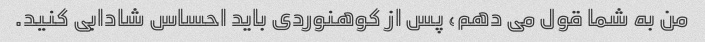
من به شما قول می دهم، پس از کوهنوردی باید احساس شادابی کنید.